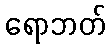
ရောဘတ်